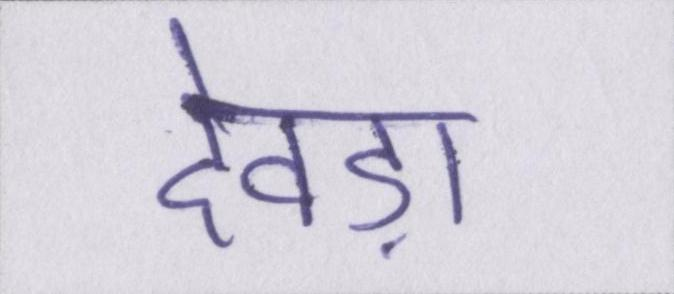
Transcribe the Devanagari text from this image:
देवड़ा